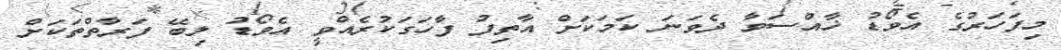
މިފަހަރުގެ އެވޯޑު ޚާއްސަވާ ދެވަނަ ކަމަކަށް އާތިފު ފާހަގަކުރެއްވީ އެވޯޑު ލިބޭ ފަރާތްތަކަށް